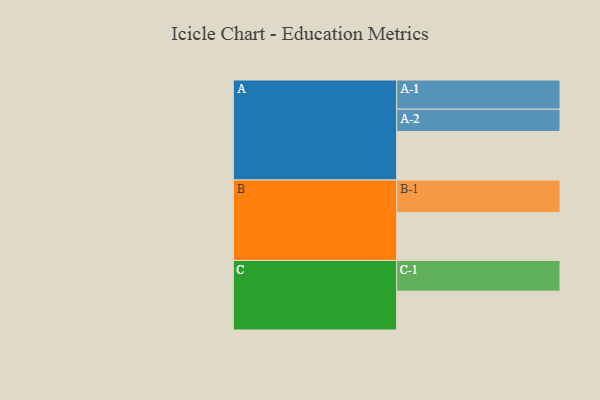
{"axis": {"x": "Segment", "y": "Value"}, "legend": ["", "A", "B", "C"], "data": [{"x": "A", "y": 422, "type": ""}, {"x": "B", "y": 416, "type": ""}, {"x": "C", "y": 338, "type": ""}, {"x": "A-1", "y": 254, "type": "A"}, {"x": "A-2", "y": 194, "type": "A"}, {"x": "B-1", "y": 284, "type": "B"}, {"x": "C-1", "y": 267, "type": "C"}]}